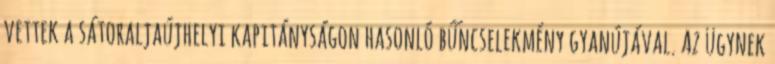
vettek a sátoraljaújhelyi kapitányságon hasonló bűncselekmény gyanújával. Az ügynek